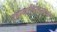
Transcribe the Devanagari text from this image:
रहस्यातिरहस्यकम्